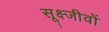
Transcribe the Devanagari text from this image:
सूक्ष्जीवों